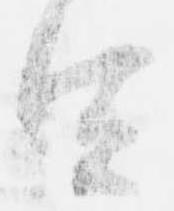
宜